Medical and sanitary report of the native army of Madras for the year
Year: 1877
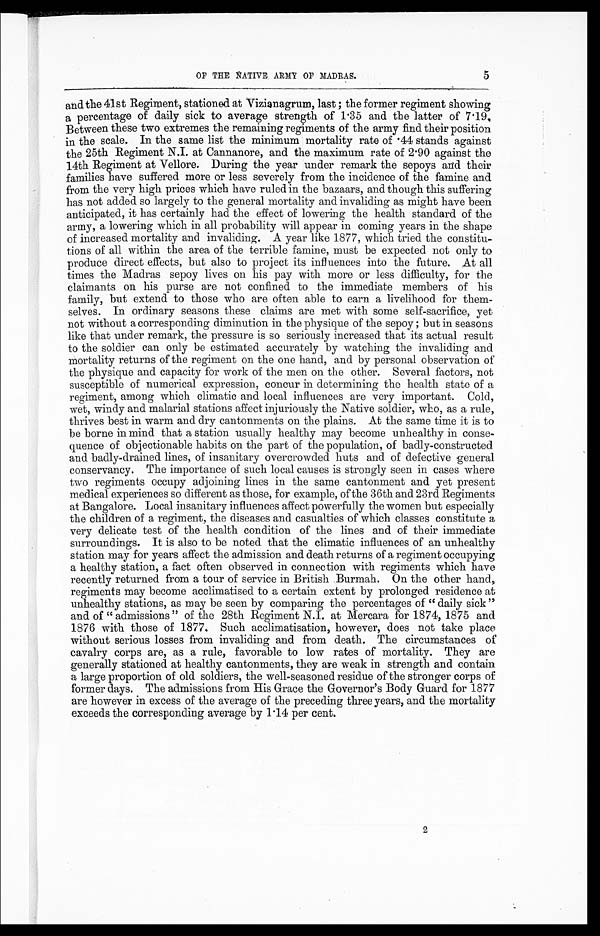
OF THE NATIVE ARMY OF MADRAS.
and the 41st Regiment, stationed at Vizianagrum, last; the former regiment showing
a percentage of daily sick to average strength of 1.35 and the latter of 7.19.
Between these two extremes the remaining regiments of the army find their position
in the scale. In the same list the minimum mortality rate of .44 stands against
the 25th Regiment N.I. at Cannanore, and the maximum rate of 2.90 against the
14th Regiment at Vellore. During the year under remark the sepoys and their
families have suffered more or less severely from the incidence of the famine and
from the very high prices which have ruled in the bazaars, and though this suffering
has not added so largely to the general mortality and invaliding as might have been
anticipated, it has certainly had the effect of lowering the health standard of the
army, a lowering which in all probability will appear in coming years in the shape
of increased mortality and invaliding. A year like 1877, which tried the constitu
-tions of all within the area of the terrible famine, must be expected not only to
produce direct effects, but also to project its influences into the future. At all
times the Madras sepoy lives on his pay with more or less difficulty, for the
claimants on his purse are not confined to the immediate members of his
family, but extend to those who are often able to earn a livelihood for them
-selves. In ordinary seasons these claims are met with some self-sacrifice, yet
not without a corresponding diminution in the physique of the sepoy; but in seasons
like that under remark, the pressure is so seriously increased that its actual result
to the soldier can only be estimated accurately by watching the invaliding and
mortality returns of the regiment on the one hand, and by personal observation of
the physique and capacity for work of the men on the other. Several factors, not
susceptible of numerical expression, concur in determining the health state of a
regiment, among which climatic and local influences are very important. Cold,
wet, windy and malarial stations affect injuriously the Native soldier, who, as a rule,
thrives best in warm and dry cantonments on the plains. At the same time it is to
be borne in mind that a station usually healthy may become unhealthy in conse
-quence of objectionable habits on the part of the population, of badly-constructed
and badly-drained lines, of insanitary overcrowded huts and of defective general
conservancy. The importance of such local causes is strongly seen in cases where
two regiments occupy adjoining lines in the same cantonment and yet present
medical experiences so different as those, for example, of the 36th and 23rd Regiments
at Bangalore. Local insanitary influences affect powerfully the women but especially
the children of a regiment, the diseases and casualties of which classes constitute a
very delicate test of the health condition of the lines and of their immediate
surroundings. It is also to be noted that the climatic influences of an unhealthy
station may for years affect the admission and death returns of a regiment occupying
a healthy station, a fact often observed in connection with regiments which have
recently returned from a tour of service in British Burmah. On the other hand,
regiments may become acclimatised to a certain extent by prolonged residence at
unhealthy stations, as may be seen by comparing the percentages of "daily sick"
and of "admissions" of the 28th Regiment N.I. at Mercara for 1874, 1875 and
1876 with those of 1877. Such acclimatisation, however, does not take place
without serious losses from invaliding and from death. The circumstances of
cavalry corps are, as a rule, favorable to low rates of mortality. They are
generally stationed at healthy cantonments, they are weak in strength and contain
a large proportion of old soldiers, the well-seasoned residue of the stronger corps of
former days. The admissions from His Grace the Governor's Body Guard for 1877
are however in excess of the average of the preceding three years, and the mortality
exceeds the corresponding average by 1.14 per cent.
2